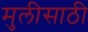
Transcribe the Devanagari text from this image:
मुलीसाठी